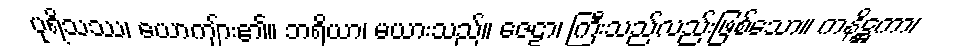
ပုရိသဿ၊ ယောကျ်ား၏။ ဘရိယာ၊ မယားသည်။ ဇေဠာ၊ ကြီးသည်လည်းဖြစ်သော။ ကနိဋ္ဌကာ၊